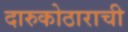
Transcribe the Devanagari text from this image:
दारुकोठाराची